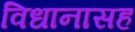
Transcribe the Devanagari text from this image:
विधानासह